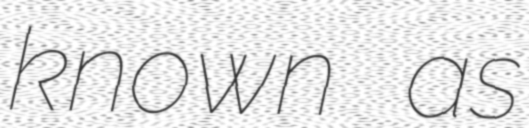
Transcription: known as